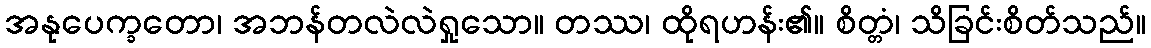
အနုပေက္ခတော၊ အဘန်တလဲလဲရှုသော။ တဿ၊ ထိုရဟန်း၏။ စိတ္တံ၊ သိခြင်းစိတ်သည်။